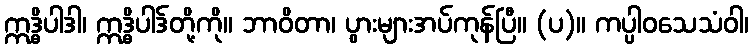
ဣဒ္ဓိပါဒါ၊ ဣဒ္ဓိပါဒ်တို့ကို။ ဘာဝိတာ၊ ပွားများအပ်ကုန်ပြီ။ (ပ)။ ကပ္ပါဝသေသံဝါ၊